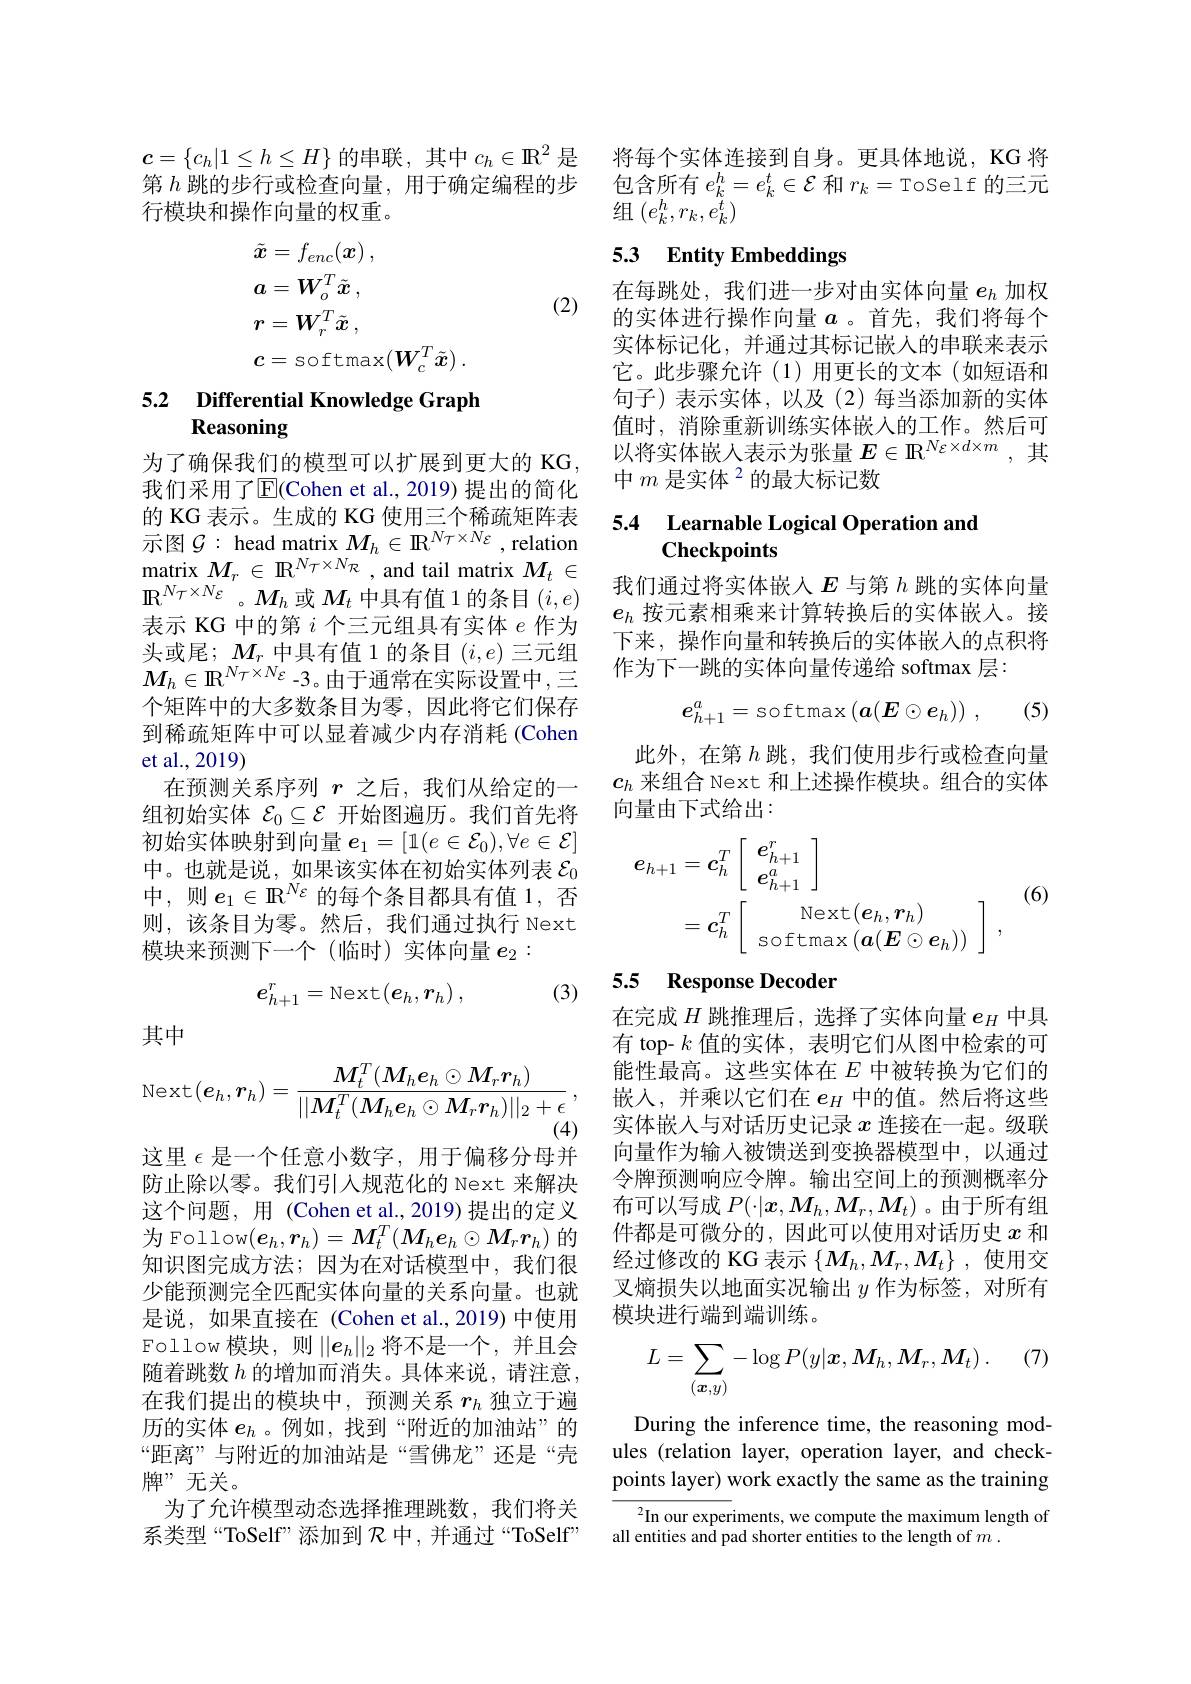
$\boldsymbol{c}=\left\{c_h|1\leq h\leq H\right\}$的串联，其中$c_h\in\mathbb{R}^2$ 是第$h$跳的步行或检查向量，用于确定编程的步行模块和操作向量的权重。
$$\begin{aligned}&\tilde{\boldsymbol{x}}=f_{enc}(\boldsymbol{x})\:,\\&\boldsymbol{a}=\boldsymbol{W}_{o}^{T}\tilde{\boldsymbol{x}}\:,\\&\boldsymbol{r}=\boldsymbol{W}_{r}^{T}\tilde{\boldsymbol{x}}\:,\\&\boldsymbol{c}=\mathrm{softmax}(\boldsymbol{W}_{c}^{T}\tilde{\boldsymbol{x}})\:.\end{aligned}$$
(2)

## 5.2 Differential Knowledge Graph Reasoning

为了确保我们的模型可以扩展到更大的 KG 我们采用了$\operatorname{E}($Cohen et al.,2019) 提出的简化的 KG 表示。生成的 KG 使用三个稀疏矩阵表示图$\mathcal{G}:$ head matrix $M_h\in\mathbb{R}^N\tau\times N\varepsilon$, relation $\operatorname*{matrix}_{N_{N_{N_{N}}}}M_{r}\in\mathbb{R}^{N_{\mathcal{T}}\times N_{\mathcal{R}}}$,and tail matrix $M_{t}\in$ $\mathbb{R}^{N_{\mathcal{T}}\times N_{\mathcal{E}}}$。$M_h$或$M_t$中具有值 1 的条目$(i,e)$ 表示 KG 中的第$i$个三元组具有实体$e$作为头或尾；$M_r$中具有值 1 的条目$(i,e)$三元组$M_h\in\mathbb{R}^{N_T\times N_E}$-3。由于通常在实际设置中，三个矩阵中的大多数条目为零，因此将它们保存到稀疏矩阵中可以显着减少内存消耗(Cohen et al.,2019)
在预测关系序列$r$之后，我们从给定的一组初始实体$\mathcal{E}_0\subseteq\mathcal{E}$开始图遍历。我们首先将初始实体映射到向量$e_1=[1(e\in\mathcal{E}_0),\forall e\in\mathcal{E}]$ 中。也就是说，如果该实体在初始实体列表$\mathcal{E}_0$ 中，则$e_1\in\mathbb{R}^{N_{\varepsilon}}$的每个条目都具有值 1,否则，该条目为零。然后，我们通过执行 Next 模块来预测下一个(临时)实体向量$e_2:$

(3)
$$e_{h+1}^r=\mathrm{Next}(e_h,r_h)\:,$$
其中
$$\text{Next}(\boldsymbol{e}_h,\boldsymbol{r}_h)=\frac{\boldsymbol{M}_t^T(\boldsymbol{M}_h\boldsymbol{e}_h\odot\boldsymbol{M}_r\boldsymbol{r}_h)}{||\boldsymbol{M}_t^T(\boldsymbol{M}_h\boldsymbol{e}_h\odot\boldsymbol{M}_r\boldsymbol{r}_h)||_2+\epsilon},$$
这里$\epsilon$是一个任意小数字，用于偏移分母并防止除以零。我们引入规范化的 Next 来解决这个问题，用 (Cohen et al., 2019) 提出的定义为 Follow$(\boldsymbol{e}_h,\boldsymbol{r}_h)=\boldsymbol{M}_t^T(\boldsymbol{M}_h\boldsymbol{e}_h\odot\boldsymbol{M}_r\boldsymbol{r}_h)$的知识图完成方法；因为在对话模型中，我们很少能预测完全匹配实体向量的关系向量。也就是说，如果直接在(Cohen et al.,2019)中使用Follow 模块，则$||e_h||_2$将不是一个，并且会随着跳数$h$的增加而消失。具体来说，请注意在我们提出的模块中，预测关系$r_h$独立于遍历的实体$e_h$ 。例如，找到“附近的加油站”的“距离”与附近的加油站是“雪佛龙”还是“壳牌”无关。
为了允许模型动态选择推理跳数，我们将关系类型“ToSelf”添加到$\mathcal{R}$中，并通过“ToSelf”

将每个实体连接到自身。更具体地说，KG 将包含所有$e_k^h=e_k^t\in\mathcal{E}$和$r_k=$ToSelf 的三元组$(e_k^h,r_k,e_k^t)$

## 5.3 Entity Embeddings

在每跳处，我们进一步对由实体向量$e_h$加权的实体进行操作向量$a$ 。首先，我们将每个实体标记化，并通过其标记嵌人的串联来表示它。此步骤允许(1)用更长的文本(如短语和句子)表示实体，以及(2)每当添加新的实体值时，消除重新训练实体嵌人的工作。然后可以将实体嵌入表示为张量$E\in\mathbb{R}^N\varepsilon\times d\times m$,其中 $m\text{ 是实体}^{2}$的最大标记数

### 5.4 Learnable Logical Operation and Checkpoints

我们通过将实体嵌人$E$与第$h$跳的实体向量$e_h$按元素相乘来计算转换后的实体嵌入。接下来，操作向量和转换后的实体嵌入的点积将作为下一跳的实体向量传递给 softmax 层：
$$e_{h+1}^a=\text{softmax}\left(\boldsymbol{a}(\boldsymbol{E}\odot\boldsymbol{e}_h)\right)\:,$$
(5)

此外，在第$h$跳，我们使用步行或检查向量$c_h$来组合 Next 和上述操作模块。组合的实体向量由下式给出：
$$\begin{aligned}e_{h+1}&=c_h^T\left[\begin{array}{c}e_{h+1}^r\\e_{h+1}^a\end{array}\right]\\&=c_h^T\left[\begin{array}{c}\operatorname{Next}(\boldsymbol{e}_h,\boldsymbol{r}_h)\\\operatorname{softmax}(\boldsymbol{a}(\boldsymbol{E}\odot\boldsymbol{e}_h))\end{array}\right]\:,\end{aligned}$$
(6)

## 5.5 Response Decoder

在完成$H$跳推理后，选择了实体向量$e_H$中具有 top- $k$值的实体，表明它们从图中检索的可能性最高。这些实体在$E$中被转换为它们的嵌入，并乘以它们在$e_H$中的值。然后将这些实体嵌入与对话历史记录$x$连接在一起。级联向量作为输入被馈送到变换器模型中，以通过令牌预测响应令牌。输出空间上的预测概率分布可以写成$P(\cdot|\boldsymbol{x},M_h,M_r,M_t)$ 。由于所有组件都是可微分的，因此可以使用对话历史$x$和经过修改的 KG 表示$\{M_h,M_r,M_t\}$ ,使用交叉熵损失以地面实况输出$y$作为标签，对所有模块进行端到端训练。
$$L=\sum_{(\boldsymbol{x},y)}-\log P(y|\boldsymbol{x},\boldsymbol{M}_h,\boldsymbol{M}_r,\boldsymbol{M}_t)\:.$$
During the inference time, the reasoning modules (relation layer, operation layer, and checkpoints layer) work exactly the same as the training

$^{2}$In our experiments, we compute the maximum length of
all entities and pad shorter entities to the length of $m.$